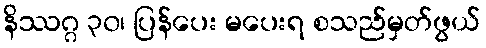
နိဿဂ္ဂ ၃၀၊ ပြန်ပေး မပေးရ စသည်မှတ်ဖွယ်